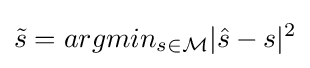
{\tilde {s}}=argmin_{s\in {\mathcal {M}}}|{\hat {s}}-s|^{2}